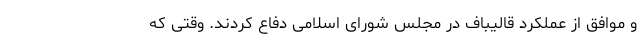
و موافق از عملکرد قالیباف در مجلس شورای اسلامی دفاع کردند. وقتی که